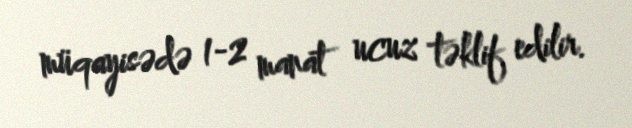
müqayisədə 1-2 manat ucuz təklif edilir.